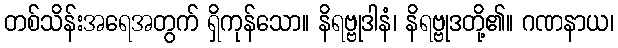
တစ်သိန်းအရေအတွက် ရှိကုန်သော။ နိရဗ္ဗုဒါနံ၊ နိရဗ္ဗုဒတို့၏။ ဂဏနာယ၊